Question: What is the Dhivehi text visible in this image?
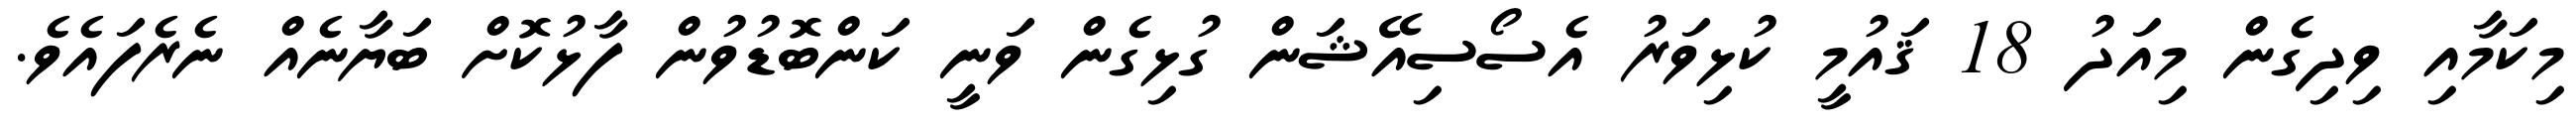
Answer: މިކަމާއި ވިދިގެން މިއަދު 18 ޤައުމީ ކުޅިވަރު އެސޯސިއޭޝަން ގުޅިގެން ވަނީ ކަންބޮޑުވުން ފާޅުކޮށް ބަޔާނެއް ނެރެފައެވެ.